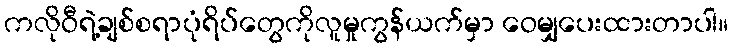
ကလိုဝီရဲ့ချစ်စရာပုံရိပ်တွေကိုလူမှုကွန်ယက်မှာ ဝေမျှပေးထားတာပါ။